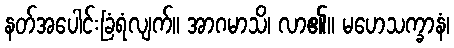
နတ်အပေါင်းခြံရံလျက်။ အာဂမာသိ၊ လာ၏။ မဟေသက္ခာနံ၊